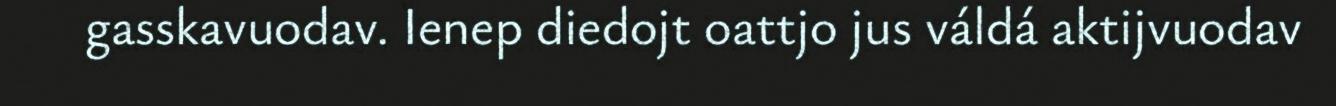
gasskavuodav. Ienep diedojt oattjo jus váldá aktijvuodav